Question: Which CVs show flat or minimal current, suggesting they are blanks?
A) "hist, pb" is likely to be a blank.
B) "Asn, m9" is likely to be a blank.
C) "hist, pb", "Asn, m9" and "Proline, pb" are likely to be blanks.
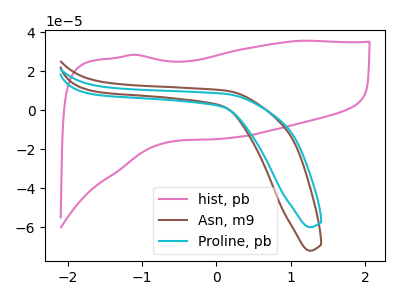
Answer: <think>The pink curve "hist, pb" has no peaks. The brown curve "Asn, m9" has no peaks. The cyan curve "Proline, pb" has no peaks.</think>
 <answer>C) "hist, pb", "Asn, m9" and "Proline, pb" are likely to be blanks.</answer>
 <eval>C</eval>